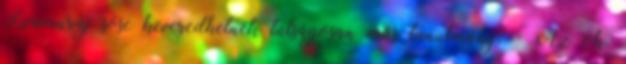
Szamuráj sose keveredhetnek túlságosan más tanulmány. - Az ok,